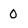
Character: 0